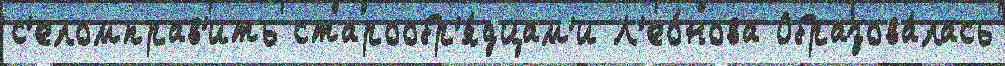
с'еломправ'ить старообр'я́дцам'и Л'ео́нова Образова́лась